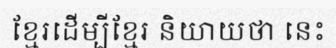
ខ្មែរដើម្បីខ្មែរ និយាយថា នេះ